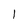
Character: 1